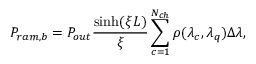
P _ { r a m , b } = P _ { o u t } \frac { \sinh ( \xi L ) } { \xi } \sum _ { c = 1 } ^ { N _ { c h } } \rho ( \lambda _ { c } , \lambda _ { q } ) \Delta \lambda ,